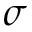
\sigma